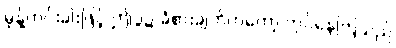
မုန့်ဟင်းခါးဖြင့် ဤပွဲ၌ ခံစားချက်ကတော့ ကုပ်နေကြသည်